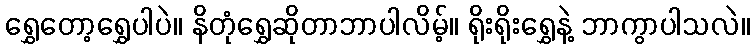
ရွှေတော့ရွှေပါပဲ။ နိတုံရွှေဆိုတာဘာပါလိမ့်။ ရိုးရိုးရွှေနဲ့ ဘာကွာပါသလဲ။